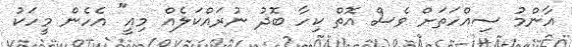
އާންމު ސިއްހަތަށް ވެސް އޮތް ކިހާ ބޮދު ނުރައްކަލެއް މިއީ" އެހެން މީހަކު